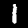
Label: 1